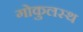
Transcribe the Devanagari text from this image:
गोकुलस्थ